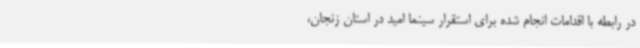
در رابطه با اقدامات انجام شده برای استقرار سینما امید در استان زنجان،